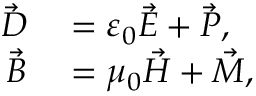
\begin{array} { r l } { \vec { D } } & { { } = \varepsilon _ { 0 } \vec { E } + \vec { P } , } \\ { \vec { B } } & { { } = \mu _ { 0 } \vec { H } + \vec { M } , } \end{array}